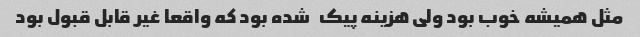
مثل همیشه خوب بود ولی هزینه پیک   شده بود که واقعا غیر قابل قبول بود